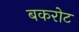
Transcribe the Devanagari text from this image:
बकरोट